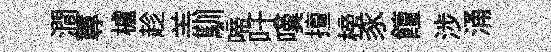
澗蓴櫨趁羔馴啼吁嘆擅榜豕饘涉涌